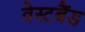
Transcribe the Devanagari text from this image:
वेस्टबैंड